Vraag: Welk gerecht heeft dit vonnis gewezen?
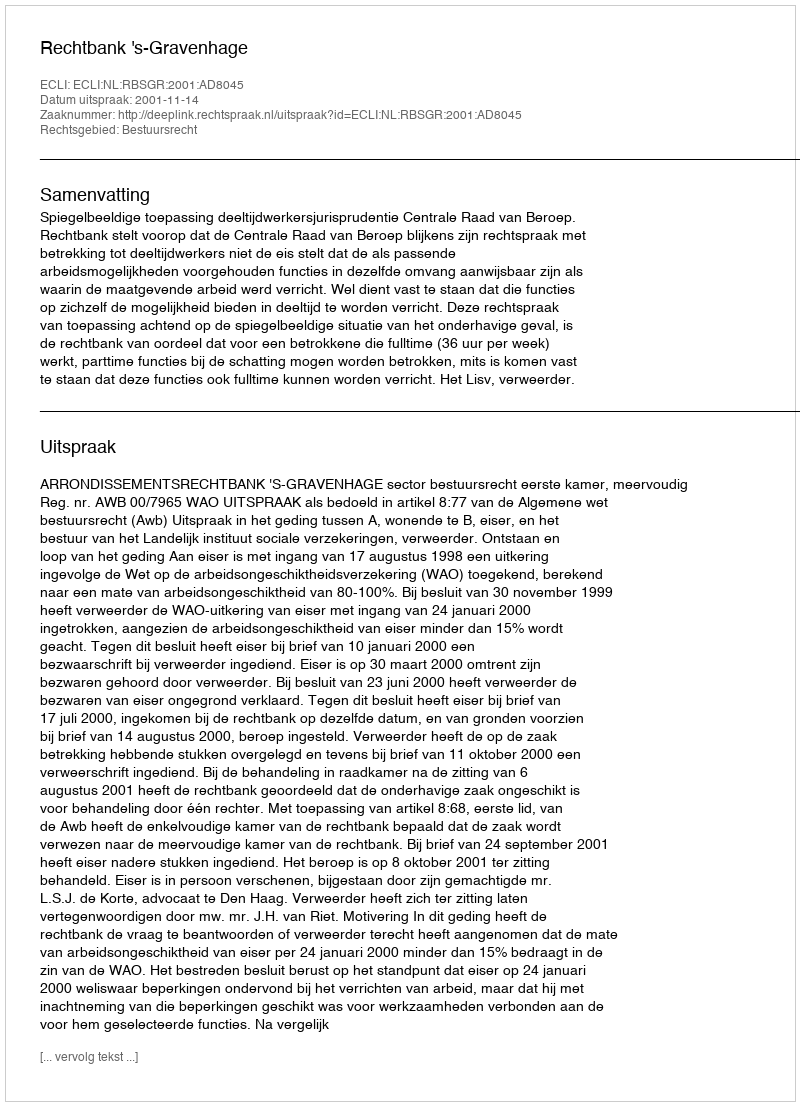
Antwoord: Rechtbank 's-Gravenhage